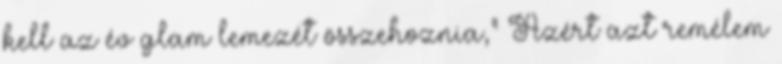
kell az év glam lemezét összehoznia," Azért azt remélem